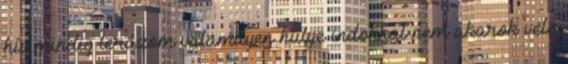
hív mindig lerázom valamilyen hülye indokkal nem akarok vele